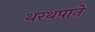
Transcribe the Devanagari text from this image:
थरथपाने